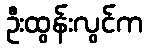
ဦးထွန်းလွင်က